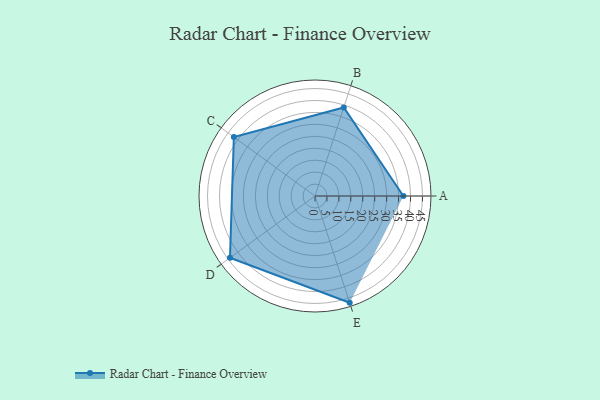
{"axis": {"x": "Skill", "y": "Score"}, "legend": ["Profile"], "data": [{"x": "A", "y": 37.0, "type": "Profile"}, {"x": "B", "y": 39.0, "type": "Profile"}, {"x": "C", "y": 42.0, "type": "Profile"}, {"x": "D", "y": 44.0, "type": "Profile"}, {"x": "E", "y": 47.0, "type": "Profile"}]}